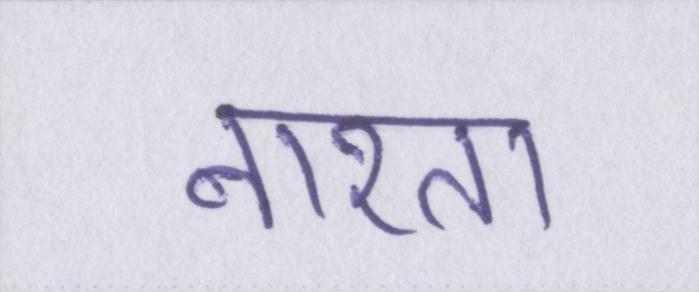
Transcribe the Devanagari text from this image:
नाश्ता